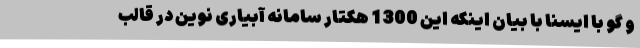
و گو با ایسنا با بیان اینکه این 1300 هکتار سامانه آبیاری نوین در قالب